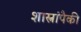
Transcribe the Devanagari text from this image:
शास्त्रांपैकी